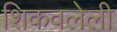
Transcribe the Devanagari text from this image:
शिकवलेली